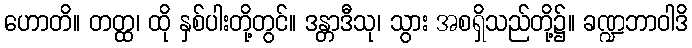
ဟောတိ။ တတ္ထ၊ ထို နှစ်ပါးတို့တွင်။ ဒန္တာဒီသု၊ သွား အစရှိသည်တို့၌။ ခဏ္ဍဘာဝါဒိ